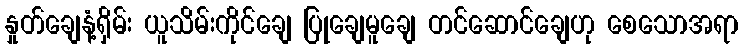
နှုတ်ချေနံ့ရှိမ်း ယူသိမ်းကိုင်ချေ ပြုချေမူချေ တင်ဆောင်ချေဟု စေသောအရာ